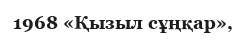
1968 «Қызыл сұңқар»,